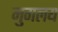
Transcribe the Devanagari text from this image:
मुगलय